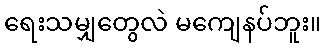
ရေးသမျှတွေလဲ မကျေနပ်ဘူး။